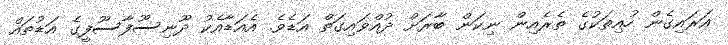
އަރައިގެން ހުއިތަކުގެ ތެރެއިން ނިކަން ބާރަށް ދުއްވައިގަތް އަޑެވެ. އެއަޑާއެކު ދޫނިސޫފާސޫފީގެ އަޑުތައް